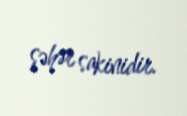
şəhər sakinidir.